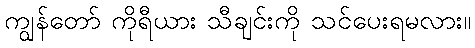
ကျွန်တော် ကိုရီယား သီချင်းကို သင်ပေးရမလား။